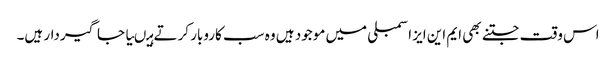
اس وقت جتنے بھی ایم این ایز اسمبلی میں موجود ہیں وہ سب کاروبار کرتے ہیںیا جاگیردار ہیں۔